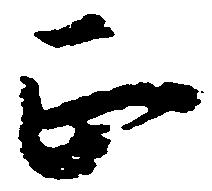
正